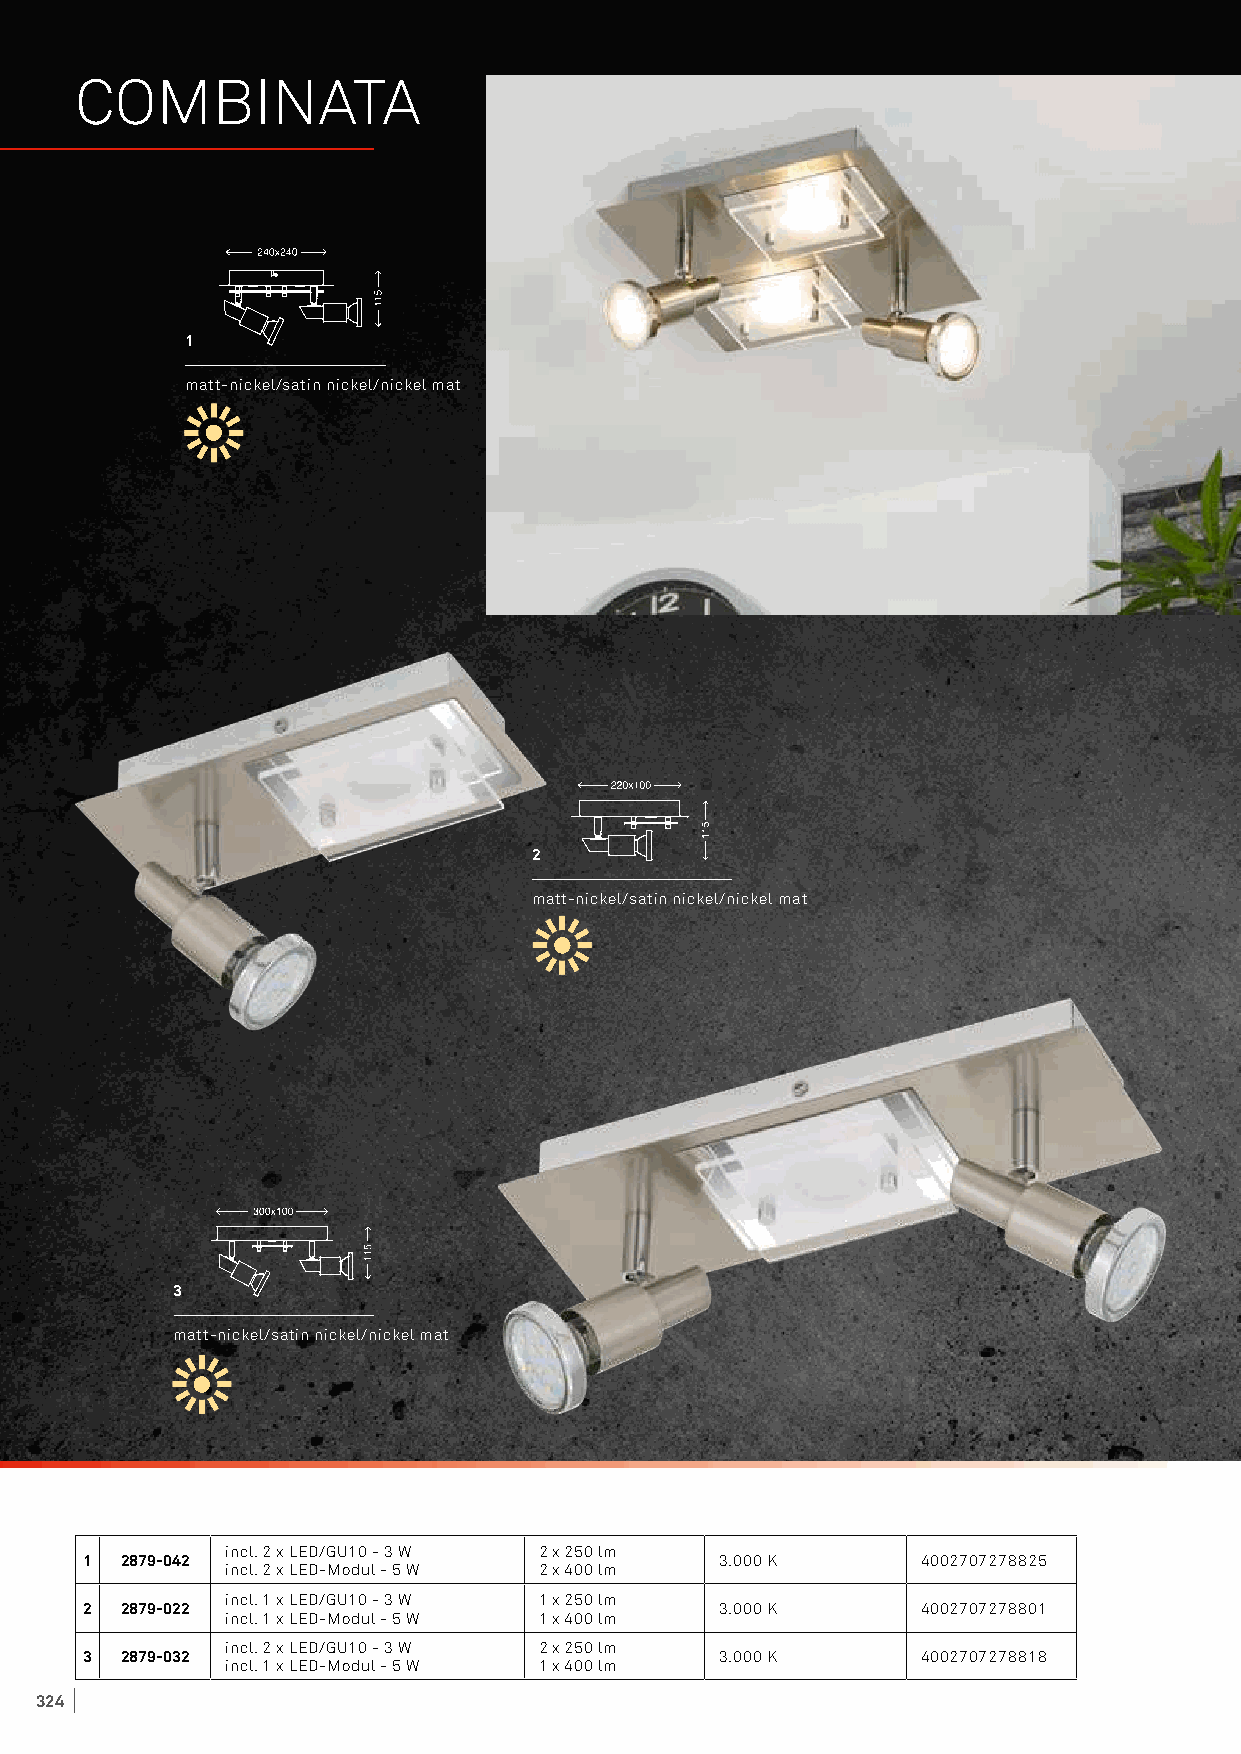
COMBINATA
 1
 matt-nickel/satin nickel/nickel mat
 2
 matt-nickel/satin nickel/nickel mat
 3
 matt-nickel/satin nickel/nickel mat
 incl. 2 x LED/GU10 - 3 W 2 x 250 lm
 1 2879-042                                3.000 K      4002707278825
 incl. 2 x LED-Modul - 5 W 2 x 400 lm
 incl. 1 x LED/GU10 - 3 W 1 x 250 lm
 2 2879-022                                3.000 K      4002707278801
 incl. 1 x LED-Modul - 5 W 1 x 400 lm
 incl. 2 x LED/GU10 - 3 W 2 x 250 lm
 3 2879-032                                3.000 K      4002707278818
 incl. 1 x LED-Modul - 5 W 1 x 400 lm
 324